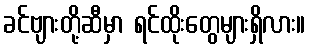
ခင်ဗျားတို့ဆီမှာ ရင်ထိုးတွေများရှိလား။